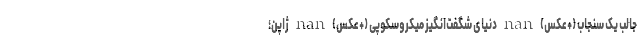
جالب یک سنجاب (+عکس) nan دنیای شگفت‌انگیز میکروسکوپی (+عکس) nan ژاپن؛